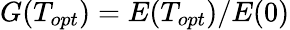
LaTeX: G(T_{opt})=E(T_{opt})/E(0)